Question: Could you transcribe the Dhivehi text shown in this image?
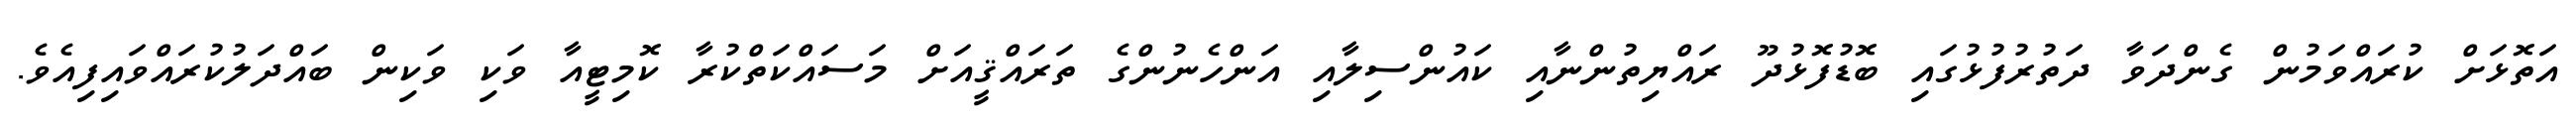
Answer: އަތޮޅަށް ކުރައްވަމުން ގެންދަވާ ދަތުރުފުޅުގައި ބޮޑުފޮޅުދޫ ރައްޔިތުންނާއި ކައުންސިލާއި އަންހެނުންގެ ތަރައްޤީއަށް މަސައްކަތްކުރާ ކޮމިޓީއާ ވަކި ވަކިން ބައްދަލުކުރައްވައިފިއެވެ.